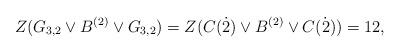
LaTeX: \begin{align*} Z(G_{3,2}\vee B^{(2)} \vee G_{3,2})=Z(C(\dot2)\vee B^{(2)}\vee C(\dot2))=12, \end{align*}